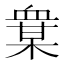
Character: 𧗅